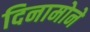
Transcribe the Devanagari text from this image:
दिनामोने